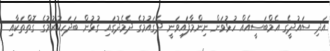
އަދި ސައުދީގެ އެމްބަސީއެއް ހުޅުވަން ނިންމާފައިވަނީ ދެގައުމުގެ ދެމެދުގައި ގުޅުން ބަދަހިކުރުމުގެ ގޮތްތަކާއި